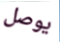
يوصل